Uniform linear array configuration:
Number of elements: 16
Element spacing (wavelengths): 0.5
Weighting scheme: binomial
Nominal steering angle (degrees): -60
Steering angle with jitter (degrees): -60.485
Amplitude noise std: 0.05
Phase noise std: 0.05

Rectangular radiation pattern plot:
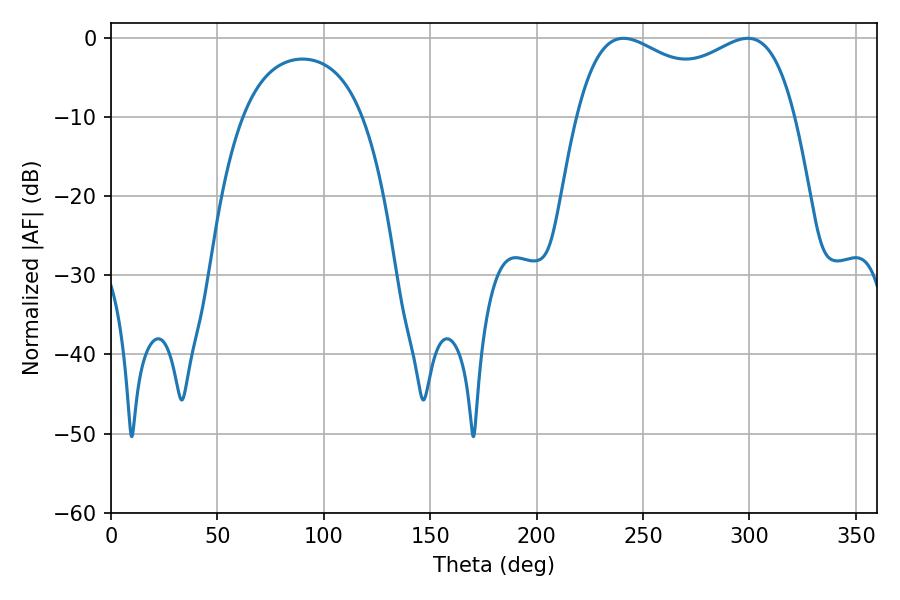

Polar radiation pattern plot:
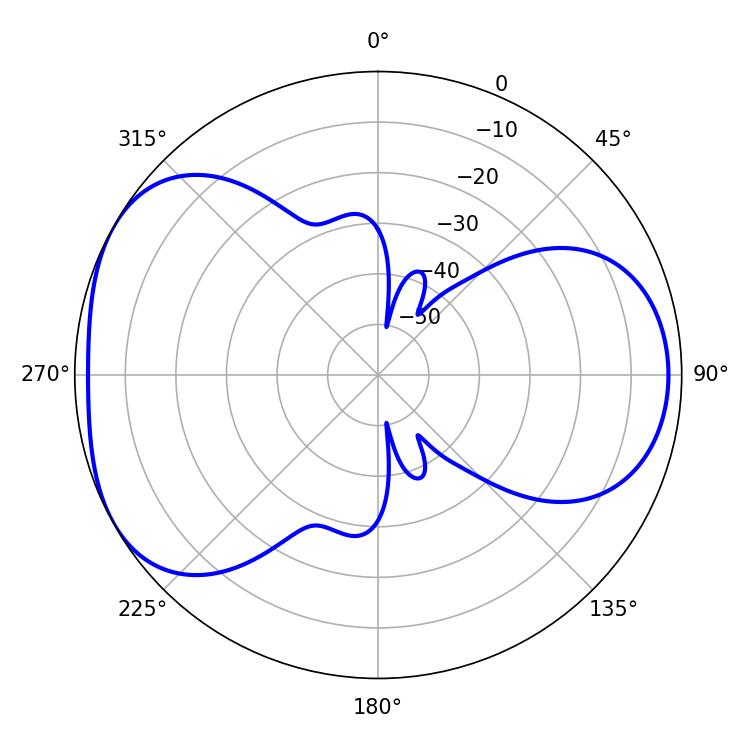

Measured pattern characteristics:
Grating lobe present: FALSE
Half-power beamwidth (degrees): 84.96
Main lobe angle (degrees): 240.84